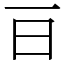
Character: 𣄼